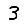
Digit: 3